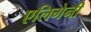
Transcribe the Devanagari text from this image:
एलिगेनी